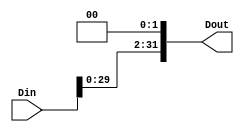
module SHIFT_LEFT2(
	input [31:0]Din,
	output [31:0]Dout
    );
	 
assign Dout = Din << 2;

endmodule